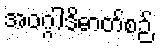
အဝဂ္ဂါဒိဓာတ်စဉ်